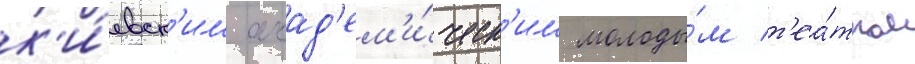
к'и́евск'им акад'ем'и́ческ'им молоды́м т'еа́тром